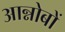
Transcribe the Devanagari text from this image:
आन्नोबों